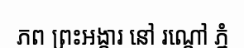
ភព ព្រះអង្គារ នៅ រណ្តៅ ភ្នំ